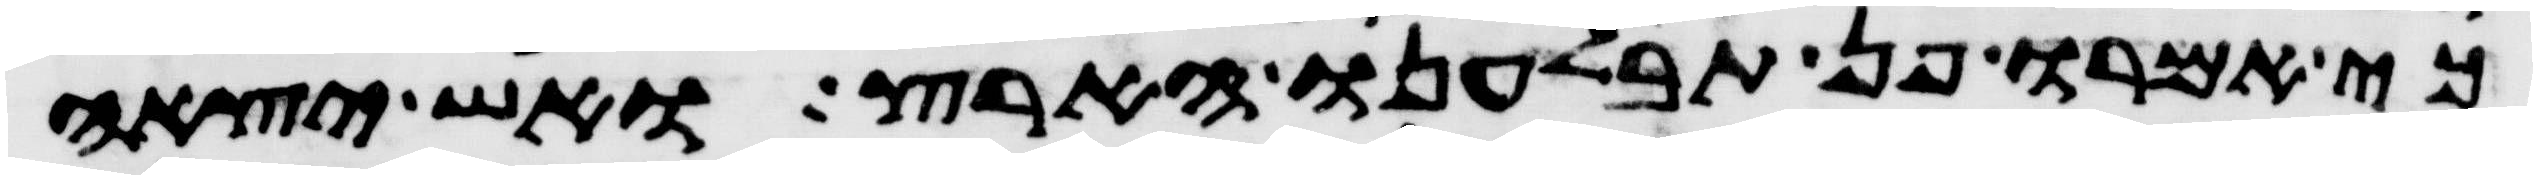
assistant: כי אמרו פן תבלענו הארץ ואש יצאה